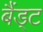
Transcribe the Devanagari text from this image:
बैंड्ट